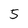
Character: 5